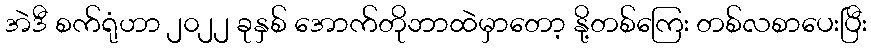
အဲဒီ စက်ရုံဟာ ၂၀၂၂ ခုနှစ် အောက်တိုဘာထဲမှာတော့ နို့တစ်ကြေး တစ်လစာပေးပြီး